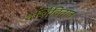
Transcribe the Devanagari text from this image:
दर्शिवितात